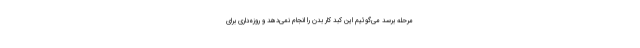
مرحله برسد می‌گوئیم این کبد کار بدن را انجام نمی‌دهد و روزه‌داری برای